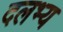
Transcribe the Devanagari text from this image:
दलभ्य